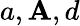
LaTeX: a,\mathbf{A},d